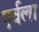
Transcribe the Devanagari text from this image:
एर्वला